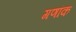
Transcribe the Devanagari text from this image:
गणांक